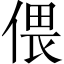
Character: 偎